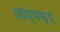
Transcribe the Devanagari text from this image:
आध्यक्ष